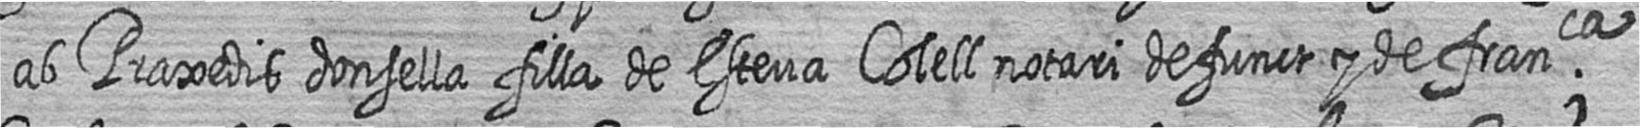
ab Praxedis donsella filla de Esteva Colell notari defunct y de franca